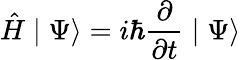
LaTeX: \hat{H}\mid\Psi\rangle=i\hbar\frac{\partial}{\partial t}\mid\Psi\rangle